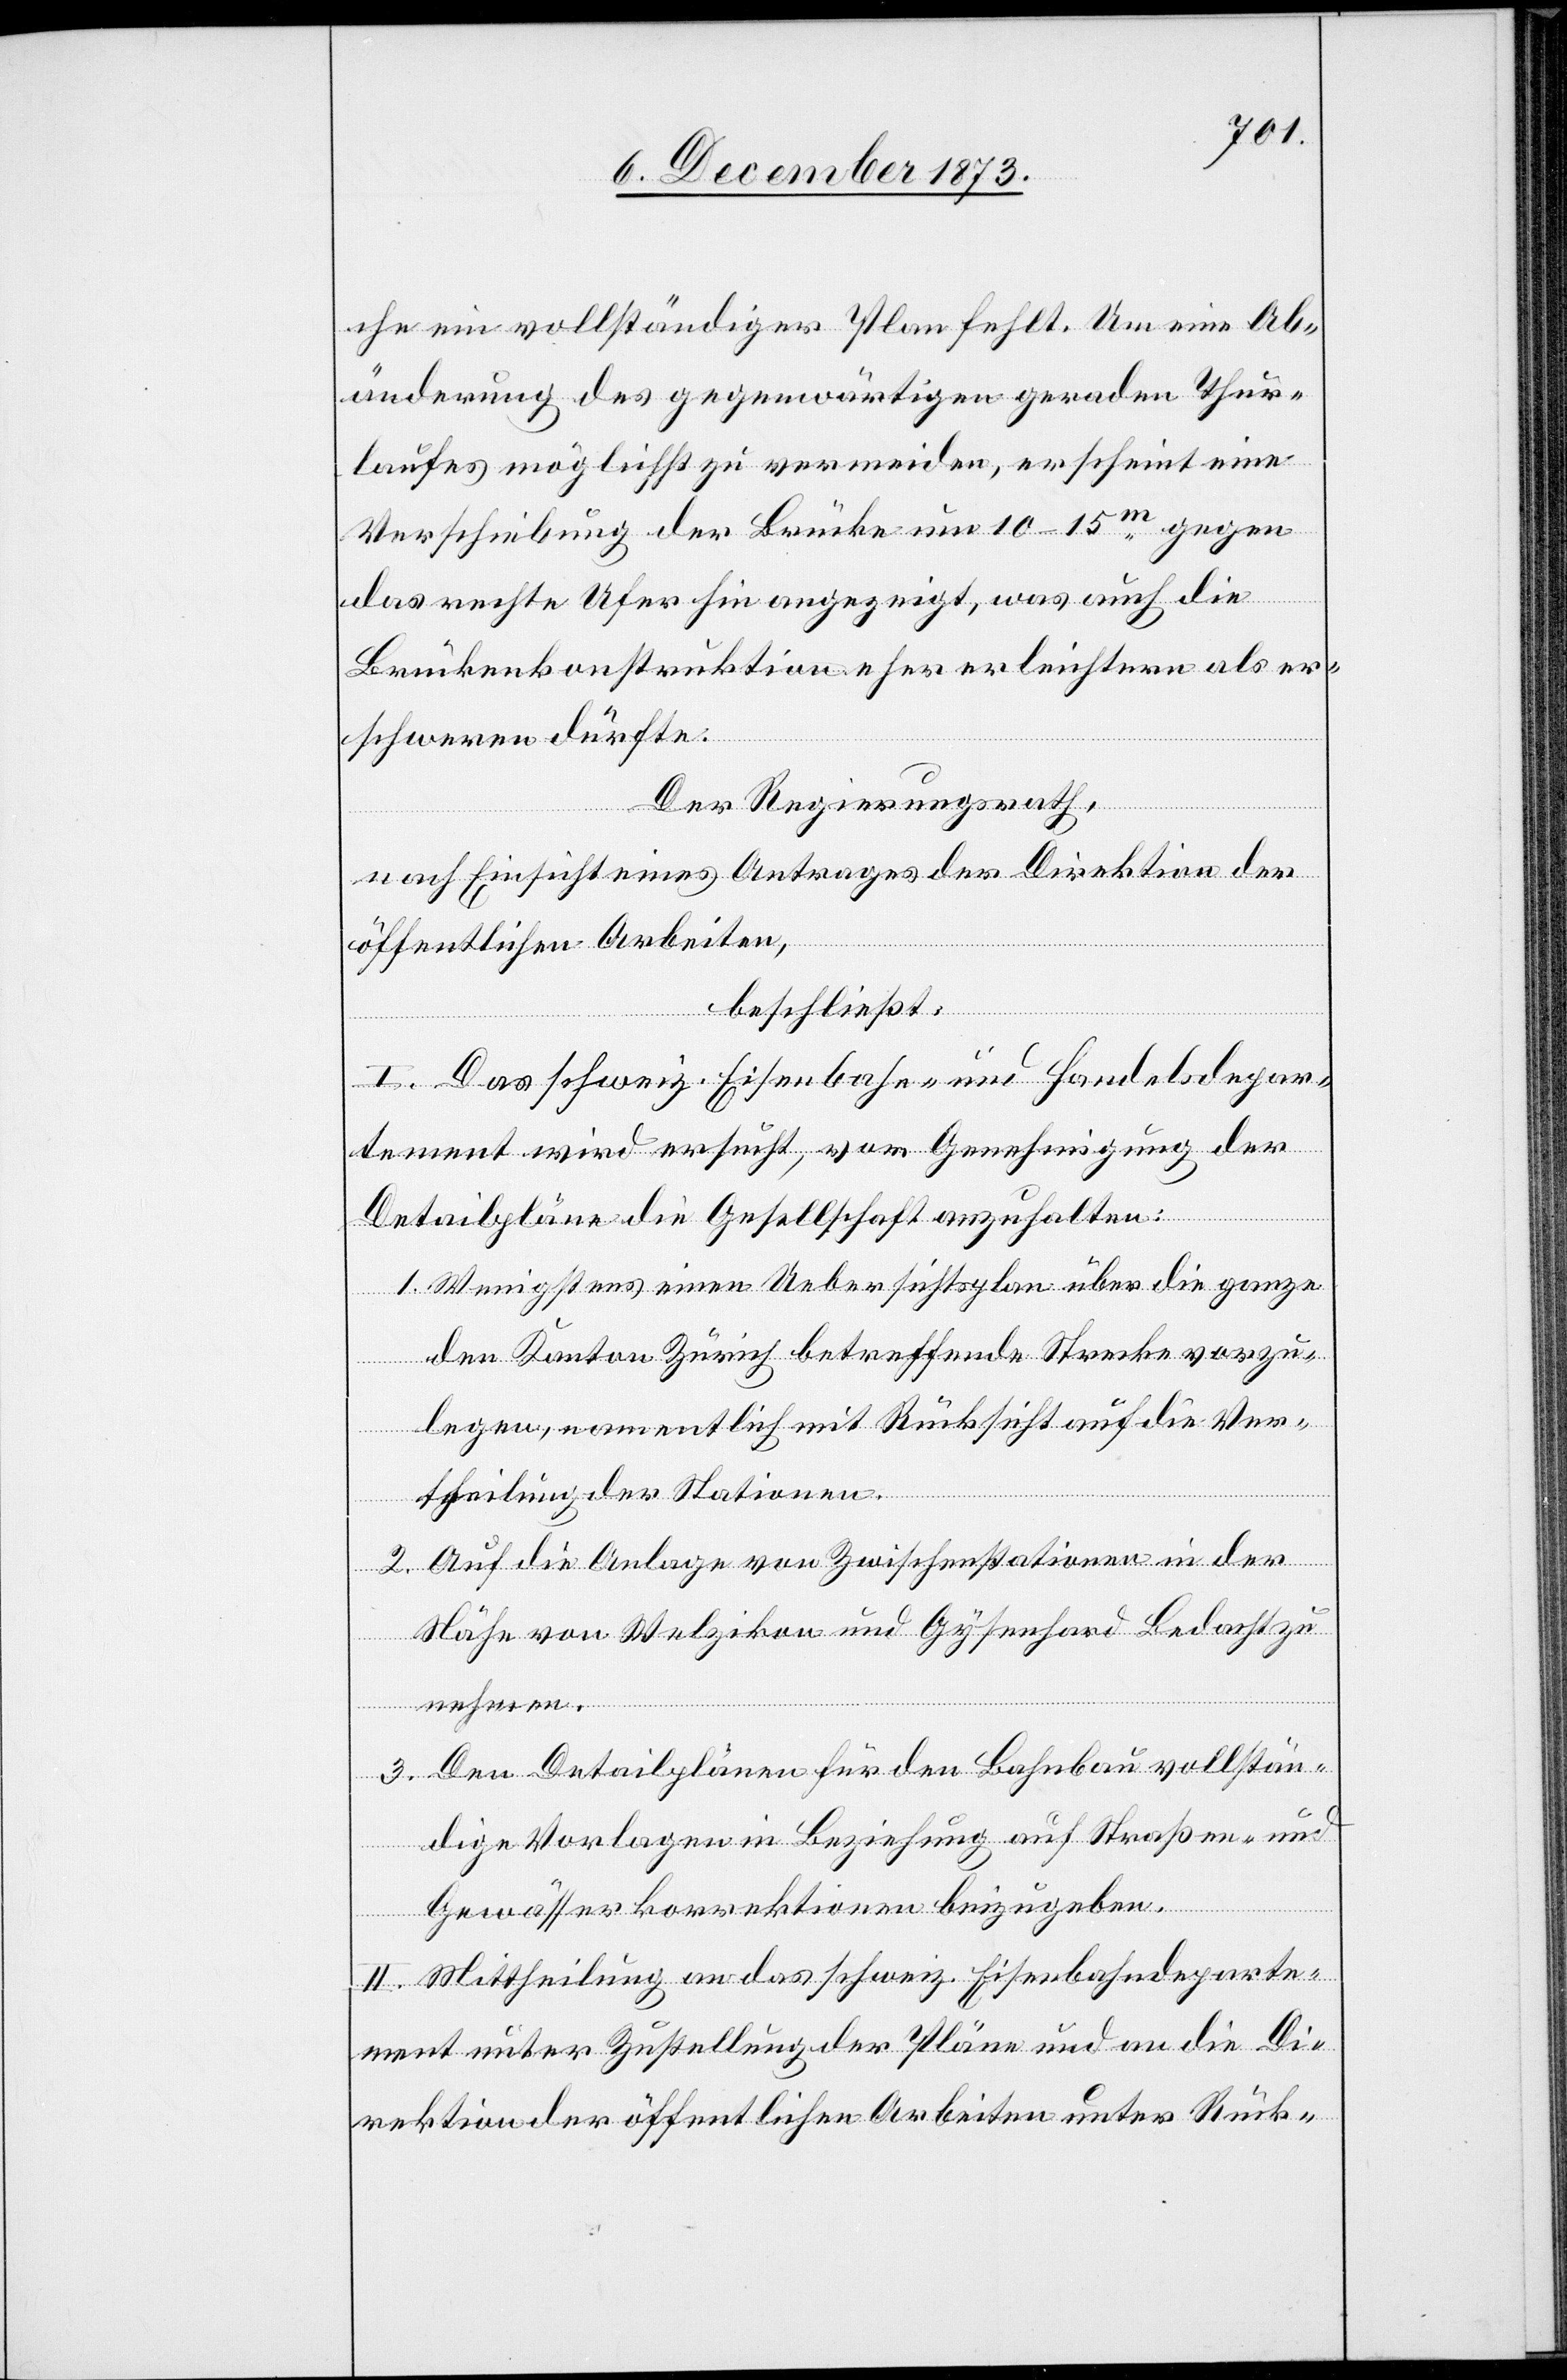
che ein vollständiger Plan fehlt. Um eine Ab¬
änderung des gegenwärtigen geraden Thur¬
laufes möglichst zu vermeiden, erscheint eine
Verschiebung der Brücke um 10–15m gegen
das rechte Ufer hin angezeigt, was auch die
Brückenkonstruktion eher erleichtern als er¬
schweren dürfte.
Der Regierungsrath,
nach Einsicht eines Antrages der Direktion der
öffentlichen Arbeiten,
beschließt:
I. Das schweiz. Eisenbahn- und Handelsdepar¬
tement wird ersucht, vom [sic!] Genehmigung der
Detailpläne die Gesellschaft anzuhalten:
1. Wenigstens einen Uebersichtsplan über die ganze
den Kanton Zürich betreffende Strecke vorzu¬
legen, namentlich mit Rücksicht auf die Ver¬
theilung der Stationen.
2. Auf die Anlage von Zwischenstationen in der
Nähe von Welzikon und Gysenhard Bedacht zu
nehmen.
3. Den Detailplänen für den Bahnbau vollstän¬
dige Vorlagen in Beziehung auf Straßen- und
Gewässerkorrektionen beizugeben.
II. Mittheilung an das schweiz. Eisenbahndeparte¬
ment unter Zustellung der Pläne und an die Di¬
rektion der öffentlichen Arbeiten unter Rück-